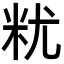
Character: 𮇆